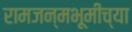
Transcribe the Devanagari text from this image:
रामजन्मभूमीच्या